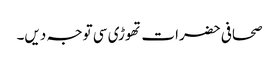
صحافی حضرات تھوڑی سی توجہ دیں۔